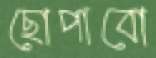
ছোপাবো